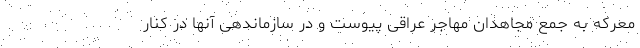
معرکه به جمع مجاهدان مهاجر عراقی پیوست و در سازماندهی آنها در کنار